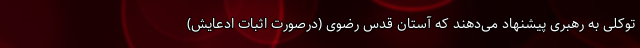
توکلی به رهبری پیشنهاد می‌دهند که آستان قدس رضوی (درصورت اثبات ادعایش)